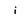
Character: j